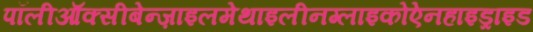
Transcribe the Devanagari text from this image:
पॉलीऑक्सीबेन्ज़ाइलमेथाइलीनग्लाइकोऐनहाइड्राइड